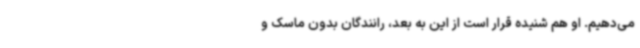
می‌دهیم. او هم شنیده قرار است از این به بعد، رانندگان بدون ماسک و